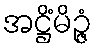
အဋ္ဌိံမိဉ္ဇံ